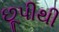
છૂપીથી